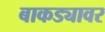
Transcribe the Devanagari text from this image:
बाकड्यावर